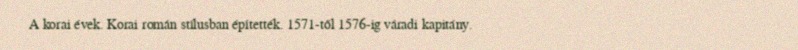
A korai évek. Korai román stílusban építették. 1571-től 1576-ig váradi kapitány.